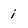
Character: i